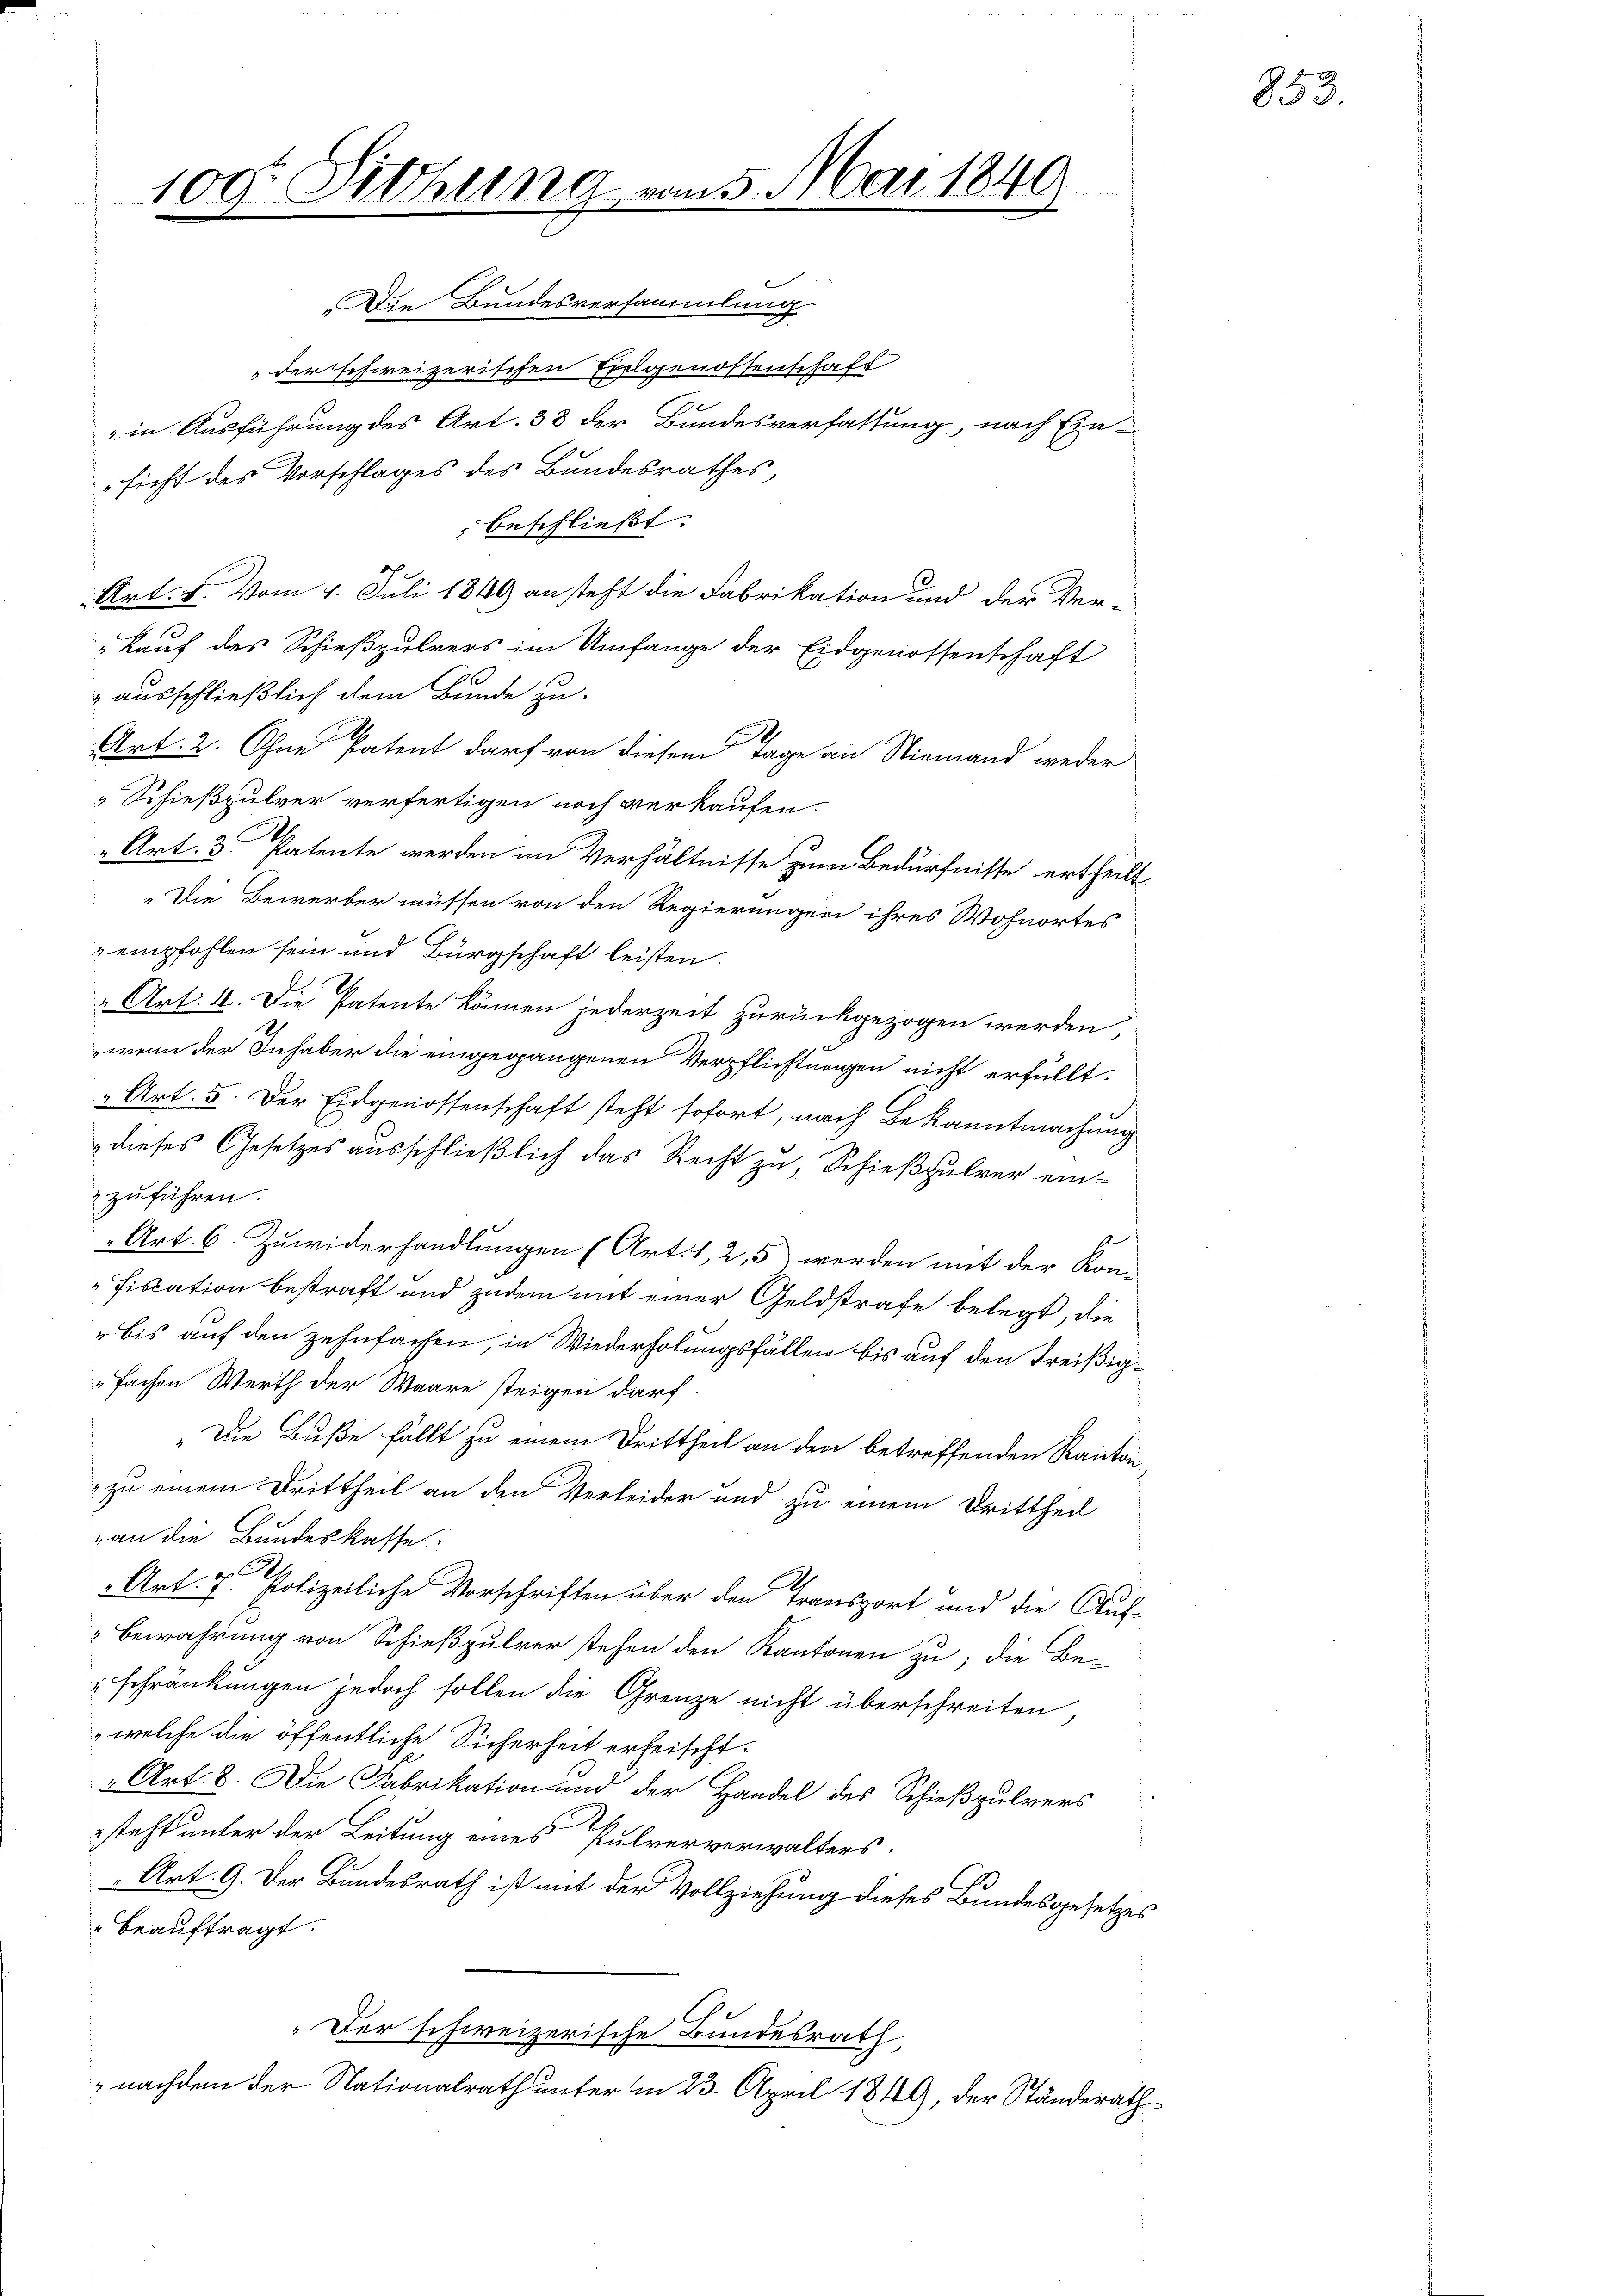
100. Sitzung vom 5. Mai 1849

Die Bundesversammlung
der schweizerischen Eidgenossenschaft
" in Ausführung des Art. 38 der Bundesverfassung, nach Ein-
sicht des Vorschlages des Bundesrathes,
beschließt:
Art. 4. Vom 4. Juli 1849 an steht die Fabrikation und der Ver-
„Kauf des Schießpulvers im Umfange der Eidgenossenschaft
" ausschließlich dem Bunde zu.
I
Art. 2. Ohne Patent darf von diesem Tage an Niemand weder
Schießpulver verfertigen noch verkaufen.
„Art. 3. Patente werden an Verhältnisse zum Bedürfnisse ertheilt.
"Die Bewerber müssen von den Regierungen ihres Wohnortes
 empfohlen sein und Bürgschaft leisten.
"Art: 4. Die Patente können jederzeit zurückgezogen werden,
wenn der Inhaber die eingegangenen Verpflichtungen nicht erfüllt.
„Art. 5. Der Eidgenossenschaft steht sofort, nach Bekanntmachung
dieses Gesetzes ausschließlich das Recht zu, Schießpulver ein¬
 zuführen.
Art. 6. Zuwiderhandlungen (Art. 1, 2,5) werden mit der Kon-
fiscation bestraft und zudem mit einer Geldstrafe belegt, die
" bis auf den zehnfachen, in Wiederholungsfällen bis auf den Kreißigfachen Werth der Waare steigen darf.
"Die Buße fällt zu einem Drittheil an den betreffenden Kanton,
 zu einem Drittheil an den Verleider und zu einem Drittheil
van die Bundeskasse.
d
Art. 7. Polizeiliche Vorschriften über den Transport und die Auf¬
Bewahrung von Schießpulver stehen den Kantonen zu; die Be-
schränkungen jedoch sollen die Grenze nicht überschreiten
welche die öffentliche Sicherheit erheischt.
Art. 8. Die Fabrikation und der Handel des Schießpulvers
steht unter der Leitung eines Pulververwalters.
Art. 9. Der Bundesrath ist mit der Vollziehung dieses Bundesgesetzes
beauftragt.
" Der schweizerische Bundesrath,
nachdem der Nationalrath unter in 23. April 1849, der Ständerath

853.